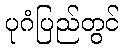
ပုဂံပြည်တွင်